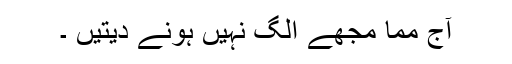
آج مما مجھے الگ نہیں ہونے دیتیں ۔